Madras plague regulations and rules - Volume 1
Disease focus: Plague
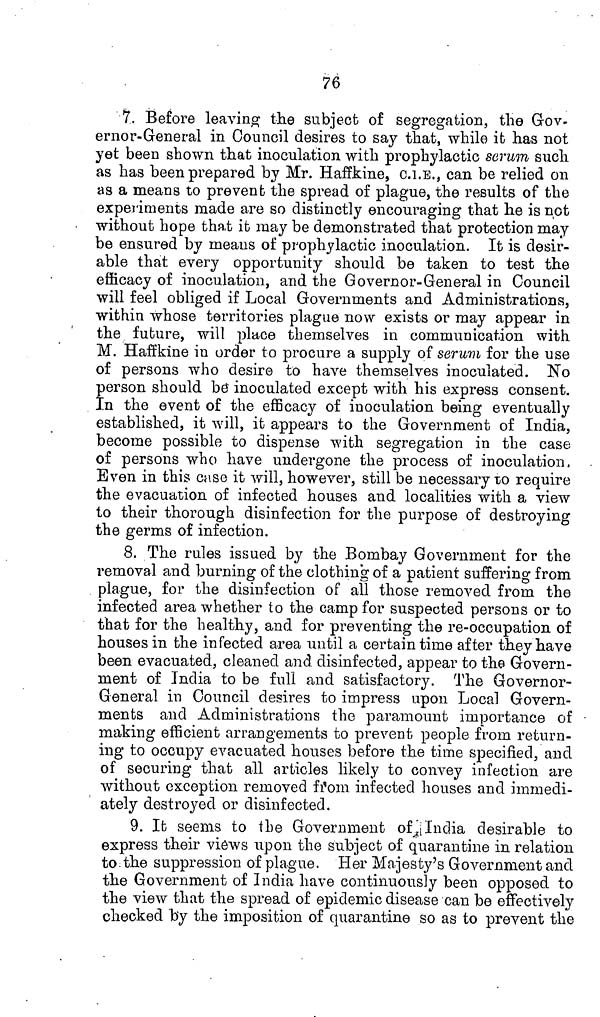
76
7. Before leaving the subject of segregation, the Gov-
ernor-General in Council desires to say that, while it has not
yet been shown that inoculation with prophylactic serum such
as has been prepared by Mr. Haffkine, C.I.E., can be relied on
as a means to prevent the spread of plague, the results of the
experiments made are so distinctly encouraging that he is not
without hope that it may be demonstrated that protection may
be ensured by means of prophylactic inoculation. It is desir-
able that every opportunity should be taken to test the
efficacy of inoculation, and the Governor-General in Council
will feel obliged if Local Governments and Administrations,
within whose territories plague now exists or may appear in
the future, will place themselves in communication with
M. Haffkine in order to procure a supply of serum for the use
of persons who desire to have themselves inoculated. No
person should be inoculated except with his express consent.
In the event of the efficacy of inoculation being eventually
established, it will, it appears to the Government of India,
become possible to dispense with segregation in the case
of persons who have undergone the process of inoculation,
Even in this case it will, however, still be necessary to require
the evacuation of infected houses and localities with a view
to their thorough disinfection for the purpose of destroying
the germs of infection.
8. The rules issued by the Bombay Government for the
removal and burning of the clothing of a patient suffering from
plague, for the disinfection of all those removed from the
infected area whether to the camp for suspected persons or to
that for the healthy, and for preventing the re-occupation of
houses in the infected area until a certain time after they have
been evacuated, cleaned and disinfected, appear to the Govern-
ment of India to be full and satisfactory. The Governor-
General in Council desires to impress upon Local Govern-
ments and Administrations the paramount importance of
making efficient arrangements to prevent people from return-
ing to occupy evacuated houses before the time specified, and
of securing that all articles likely to convey infection are
without exception removed from infected houses and immedi-
ately destroyed or disinfected.
9. It seems to the Government of India desirable to
express their views upon the subject of quarantine in relation
to the suppression of plague. Her Majesty's Government and
the Government of India have continuously been opposed to
the view that the spread of epidemic disease can be effectively
checked by the imposition of quarantine so as to prevent the